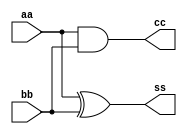
module sub_half_adder(aa,bb,ss,cc);

input aa,bb;
output ss,cc;
reg ss,cc;

always @(*) begin
    ss = aa^bb;
    cc = aa&bb;
end

endmodule

module full_adder(
    input a,
    input b,
    input cin,
    output sum,
    output count
    );

wire w1,w2,w3;

sub_half_adder h1(a,b,w2,w1);
			  
sub_half_adder h2(cin,w2,sum,w3);

assign count = w1 | w3;

endmodule